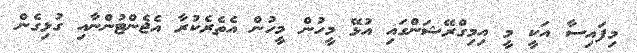
މިފައިސާ އަކީ މީ އިމިގްރޭޝަންގައި އުޅޭ މީހުން މީހުން އެތެރެކުރާ އެޖެންޓުންނާއި ގުޅިގެން